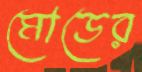
মোডের